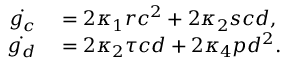
\begin{array} { r l } { \dot { g _ { c } } } & { { } = 2 \kappa _ { 1 } r c ^ { 2 } + 2 \kappa _ { 2 } s c d , } \\ { \dot { g _ { d } } } & { { } = 2 \kappa _ { 2 } \tau c d + 2 \kappa _ { 4 } p d ^ { 2 } . } \end{array}